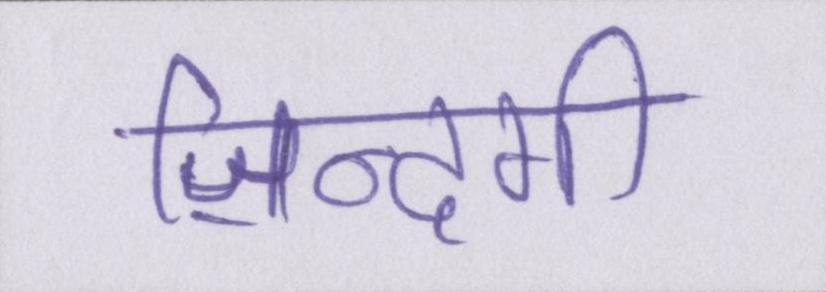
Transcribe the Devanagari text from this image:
ज़िन्दगी